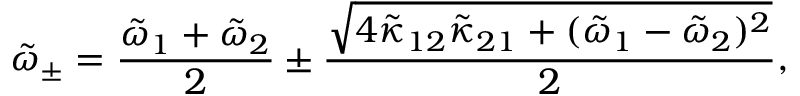
\tilde { \omega } _ { \pm } = \frac { \tilde { \omega } _ { 1 } + \tilde { \omega } _ { 2 } } { 2 } \pm \frac { \sqrt { 4 \tilde { \kappa } _ { 1 2 } \tilde { \kappa } _ { 2 1 } + ( \tilde { \omega } _ { 1 } - \tilde { \omega } _ { 2 } ) ^ { 2 } } } { 2 } ,